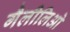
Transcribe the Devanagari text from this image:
गैलीलिओ